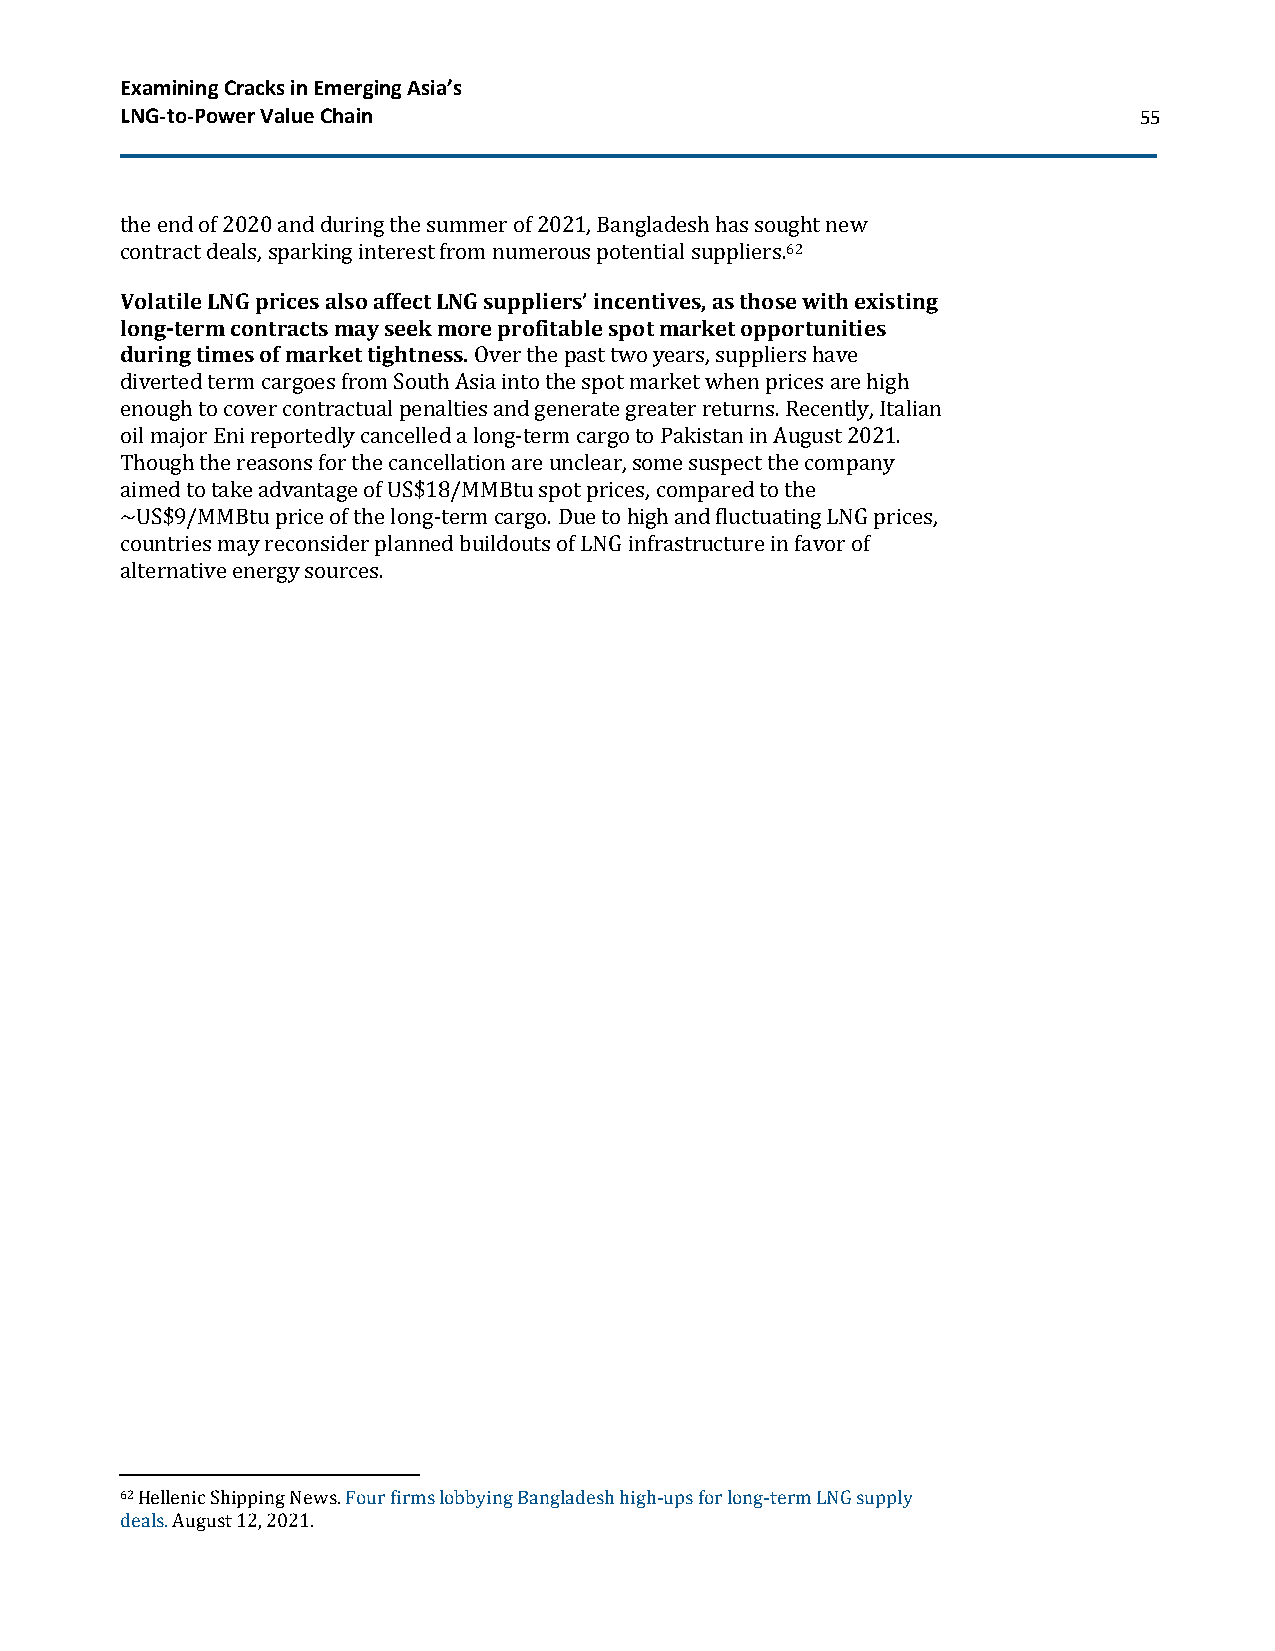
Examining Cracks in Emerging Asia’s
 LNG-to-Power Value Chain                                           55
 the end of 2020 and during the summer of 2021, Bangladesh has sought new
 contract deals, sparking interest from numerous potential suppliers.62
 Volatile LNG prices also affect LNG suppliers’ incentives, as those with existing
 long-term contracts may seek more profitable spot market opportunities
 during times of market tightness. Over the past two years, suppliers have
 diverted term cargoes from South Asia into the spot market when prices are high
 enough to cover contractual penalties and generate greater returns. Recently, Italian
 oil major Eni reportedly cancelled a long-term cargo to Pakistan in August 2021.
 Though the reasons for the cancellation are unclear, some suspect the company
 aimed to take advantage of US$18/MMBtu spot prices, compared to the
 ~US$9/MMBtu price of the long-term cargo. Due to high and fluctuating LNG prices,
 countries may reconsider planned buildouts of LNG infrastructure in favor of
 alternative energy sources.
 62 Hellenic Shipping News. Four firms lobbying Bangladesh high-ups for long-term LNG supply
 deals. August 12, 2021.